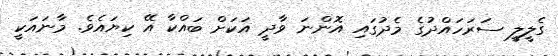
ގެލީލީ ސަރަހައްދުގެ މެދުގައި އޮންނަ ވާދީ އަކަށް ބައްކާ އޭ ކިޔައެވެ. މާނައަކީ